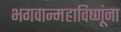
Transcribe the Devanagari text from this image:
भगवान्महाविष्णूंना